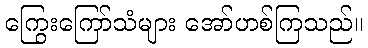
ကြွေးကြော်သံများ အော်ဟစ်ကြသည်။